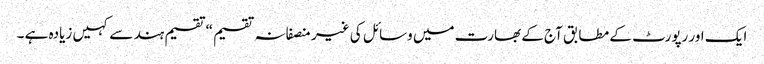
ایک اور رپورٹ کے مطابق آج کے بھارت میں وسائل کی غیر منصفانہ تقسیم “تقسیم ہند سے کہیں زیادہ ہے ۔